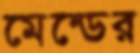
মেন্ডের